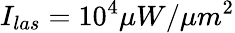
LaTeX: I_{las}=10^{4}\mu W/\mu m^{2}